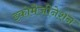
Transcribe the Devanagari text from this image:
इकोमैजीनेशन